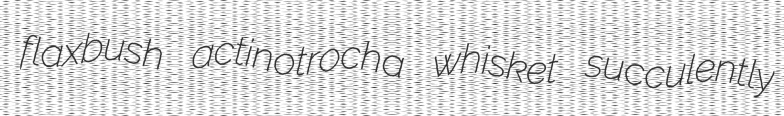
flaxbush actinotrocha whisket succulently